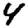
Digit: 4